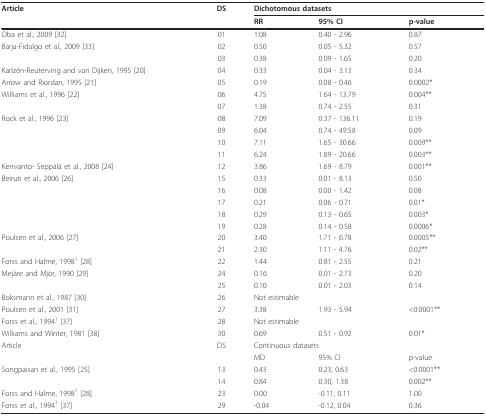
<table><thead><tr><td><b>Article</b></td><td><b>DS</b></td><td colspan="3"><b>Dichotomous datasets</b></td></tr><tr><td></td><td></td><td><b>RR</b></td><td><b>95% CI</b></td><td><b>p-value</b></td></tr></thead><tbody><tr><td>Oba et al., 2009 [32]</td><td>01</td><td>1.08</td><td>0.40 - 2.96</td><td>0.87</td></tr><tr><td>Barja-Fidalgo et al., 2009 [33]</td><td>02</td><td>0.50</td><td>0.05 - 5.32</td><td>0.57</td></tr><tr><td></td><td>03</td><td>0.38</td><td>0.09 - 1.65</td><td>0.20</td></tr><tr><td>Karlzén-Reuterving and van Dijken, 1995 [20]</td><td>04</td><td>0.33</td><td>0.04 - 3.13</td><td>0.34</td></tr><tr><td>Arrow and Riordan, 1995 [21]</td><td>05</td><td>0.19</td><td>0.08 - 0.46</td><td>0.0002*</td></tr><tr><td>Williams et al., 1996 [22]</td><td>06</td><td>4.75</td><td>1.64 - 13.79</td><td>0.004**</td></tr><tr><td></td><td>07</td><td>1.38</td><td>0.74 - 2.55</td><td>0.31</td></tr><tr><td>Rock et al., 1996 [23]</td><td>08</td><td>7.09</td><td>0.37 - 136.11</td><td>0.19</td></tr><tr><td></td><td>09</td><td>6.04</td><td>0.74 - 49.58</td><td>0.09</td></tr><tr><td></td><td>10</td><td>7.11</td><td>1.65 - 30.66</td><td>0.009**</td></tr><tr><td></td><td>11</td><td>6.24</td><td>1.89 - 20.66</td><td>0.003**</td></tr><tr><td>Kerrvanto- Seppälä et al., 2008 [24]</td><td>12</td><td>3.86</td><td>1.69 - 8.79</td><td>0.001**</td></tr><tr><td>Beiruti et al., 2006 [26]</td><td>15</td><td>0.33</td><td>0.01 - 8.13</td><td>0.50</td></tr><tr><td></td><td>16</td><td>0.08</td><td>0.00 - 1.42</td><td>0.08</td></tr><tr><td></td><td>17</td><td>0.21</td><td>0.06 - 0.71</td><td>0.01*</td></tr><tr><td></td><td>18</td><td>0.29</td><td>0.13 - 0.65</td><td>0.003*</td></tr><tr><td></td><td>19</td><td>0.28</td><td>0.14 - 0.58</td><td>0.0006*</td></tr><tr><td>Poulsen et al., 2006 [27]</td><td>20</td><td>3.40</td><td>1.71 - 6.78</td><td>0.0005**</td></tr><tr><td></td><td>21</td><td>2.30</td><td>1.11 - 4.76</td><td>0.02**</td></tr><tr><td>Forss and Halme, 1998<sup>1 </sup>[28]</td><td>22</td><td>1.44</td><td>0.81 - 2.55</td><td>0.21</td></tr><tr><td>Mejàre and Mjör, 1990 [29]</td><td>24</td><td>0.16</td><td>0.01 - 2.73</td><td>0.20</td></tr><tr><td></td><td>25</td><td>0.10</td><td>0.01 - 2.03</td><td>0.14</td></tr><tr><td>Boksmann et al., 1987 [30]</td><td>26</td><td colspan="3">Not estimable</td></tr><tr><td>Poulsen et al., 2001 [31]</td><td>27</td><td>3.38</td><td>1.93 - 5.94</td><td>&lt;0.0001**</td></tr><tr><td>Forss et al., 1994<sup>1 </sup>[37]</td><td>28</td><td colspan="3">Not estimable</td></tr><tr><td>Williams and Winter, 1981 [38]</td><td>30</td><td>0.69</td><td>0.51 - 0.92</td><td>0.01*</td></tr><tr><td>Article</td><td>DS</td><td colspan="3">Continuous datasets</td></tr><tr><td></td><td></td><td>MD</td><td>95% CI</td><td>p-value</td></tr><tr><td>Songpaisan et al., 1995 [25]</td><td>13</td><td>0.43</td><td>0.23, 0.63</td><td>&lt;0.0001**</td></tr><tr><td></td><td>14</td><td>0.84</td><td>0.30, 1.38</td><td>0.002**</td></tr><tr><td>Forss and Halme, 1998<sup>1 </sup>[28]</td><td>23</td><td>0.00</td><td>-0.11, 0.11</td><td>1.00</td></tr><tr><td>Forss et al., 1994<sup>1 </sup>[37]</td><td>29</td><td>-0.04</td><td>-0.12, 0.04</td><td>0.36</td></tr></tbody></table>